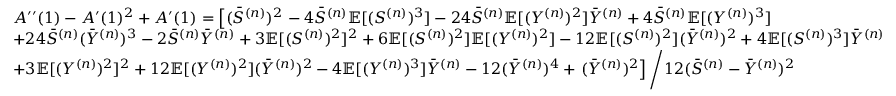
\begin{array} { r l } & { A ^ { \prime \prime } ( 1 ) - A ^ { \prime } ( 1 ) ^ { 2 } + A ^ { \prime } ( 1 ) = \left[ ( \Bar { S } ^ { ( n ) } ) ^ { 2 } \right. - 4 \Bar { S } ^ { ( n ) } \mathbb { E } [ ( S ^ { ( n ) } ) ^ { 3 } ] - 2 4 \Bar { S } ^ { ( n ) } \mathbb { E } [ ( Y ^ { ( n ) } ) ^ { 2 } ] \Bar { Y } ^ { ( n ) } + 4 \Bar { S } ^ { ( n ) } \mathbb { E } [ ( Y ^ { ( n ) } ) ^ { 3 } ] } \\ & { + 2 4 \Bar { S } ^ { ( n ) } ( \Bar { Y } ^ { ( n ) } ) ^ { 3 } - 2 \Bar { S } ^ { ( n ) } \Bar { Y } ^ { ( n ) } + 3 \mathbb { E } [ ( S ^ { ( n ) } ) ^ { 2 } ] ^ { 2 } + 6 \mathbb { E } [ ( S ^ { ( n ) } ) ^ { 2 } ] \mathbb { E } [ ( Y ^ { ( n ) } ) ^ { 2 } ] - 1 2 \mathbb { E } [ ( S ^ { ( n ) } ) ^ { 2 } ] ( \Bar { Y } ^ { ( n ) } ) ^ { 2 } + 4 \mathbb { E } [ ( S ^ { ( n ) } ) ^ { 3 } ] \Bar { Y } ^ { ( n ) } } \\ & { + 3 \mathbb { E } [ ( Y ^ { ( n ) } ) ^ { 2 } ] ^ { 2 } + 1 2 \mathbb { E } [ ( Y ^ { ( n ) } ) ^ { 2 } ] ( \Bar { Y } ^ { ( n ) } ) ^ { 2 } - 4 \mathbb { E } [ ( Y ^ { ( n ) } ) ^ { 3 } ] \Bar { Y } ^ { ( n ) } - 1 2 ( \Bar { Y } ^ { ( n ) } ) ^ { 4 } + \left. ( \Bar { Y } ^ { ( n ) } ) ^ { 2 } \right] \bigg / 1 2 ( \Bar { S } ^ { ( n ) } - \Bar { Y } ^ { ( n ) } ) ^ { 2 } } \end{array}